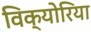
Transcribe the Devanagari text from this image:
विक्योरिया